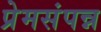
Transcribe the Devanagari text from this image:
प्रेमसंपन्न